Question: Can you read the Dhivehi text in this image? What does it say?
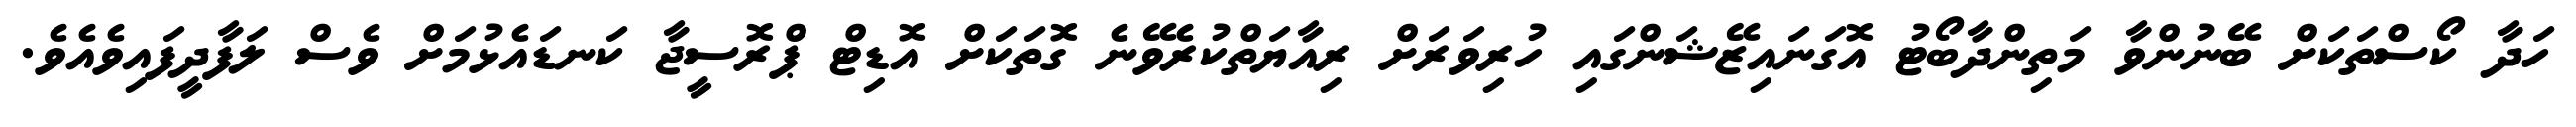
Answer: ހަދާ ކޯސްތަކަށް ބޭނުންވާ މަތިންދާބޯޓު އޮގަނައިޒޭޝަންގައި ހުރިވަރަށް ރިއާޔަތްކުރެވޭނެ ގޮތަކަށް އޮޑިޓް ޕްރޮސީޖާ ކަނޑައެޅުމަށް ވެސް ލަފާދީފައިވެއެވެ.